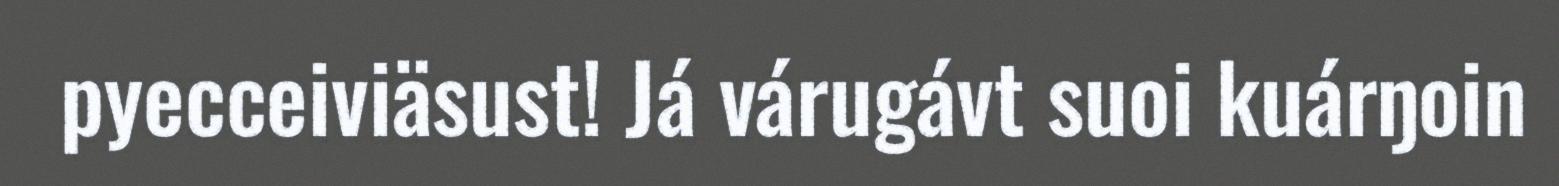
pyecceiviäsust! Já várugávt suoi kuárŋoin